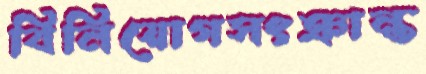
বিনিয়োগসংক্রান্ত